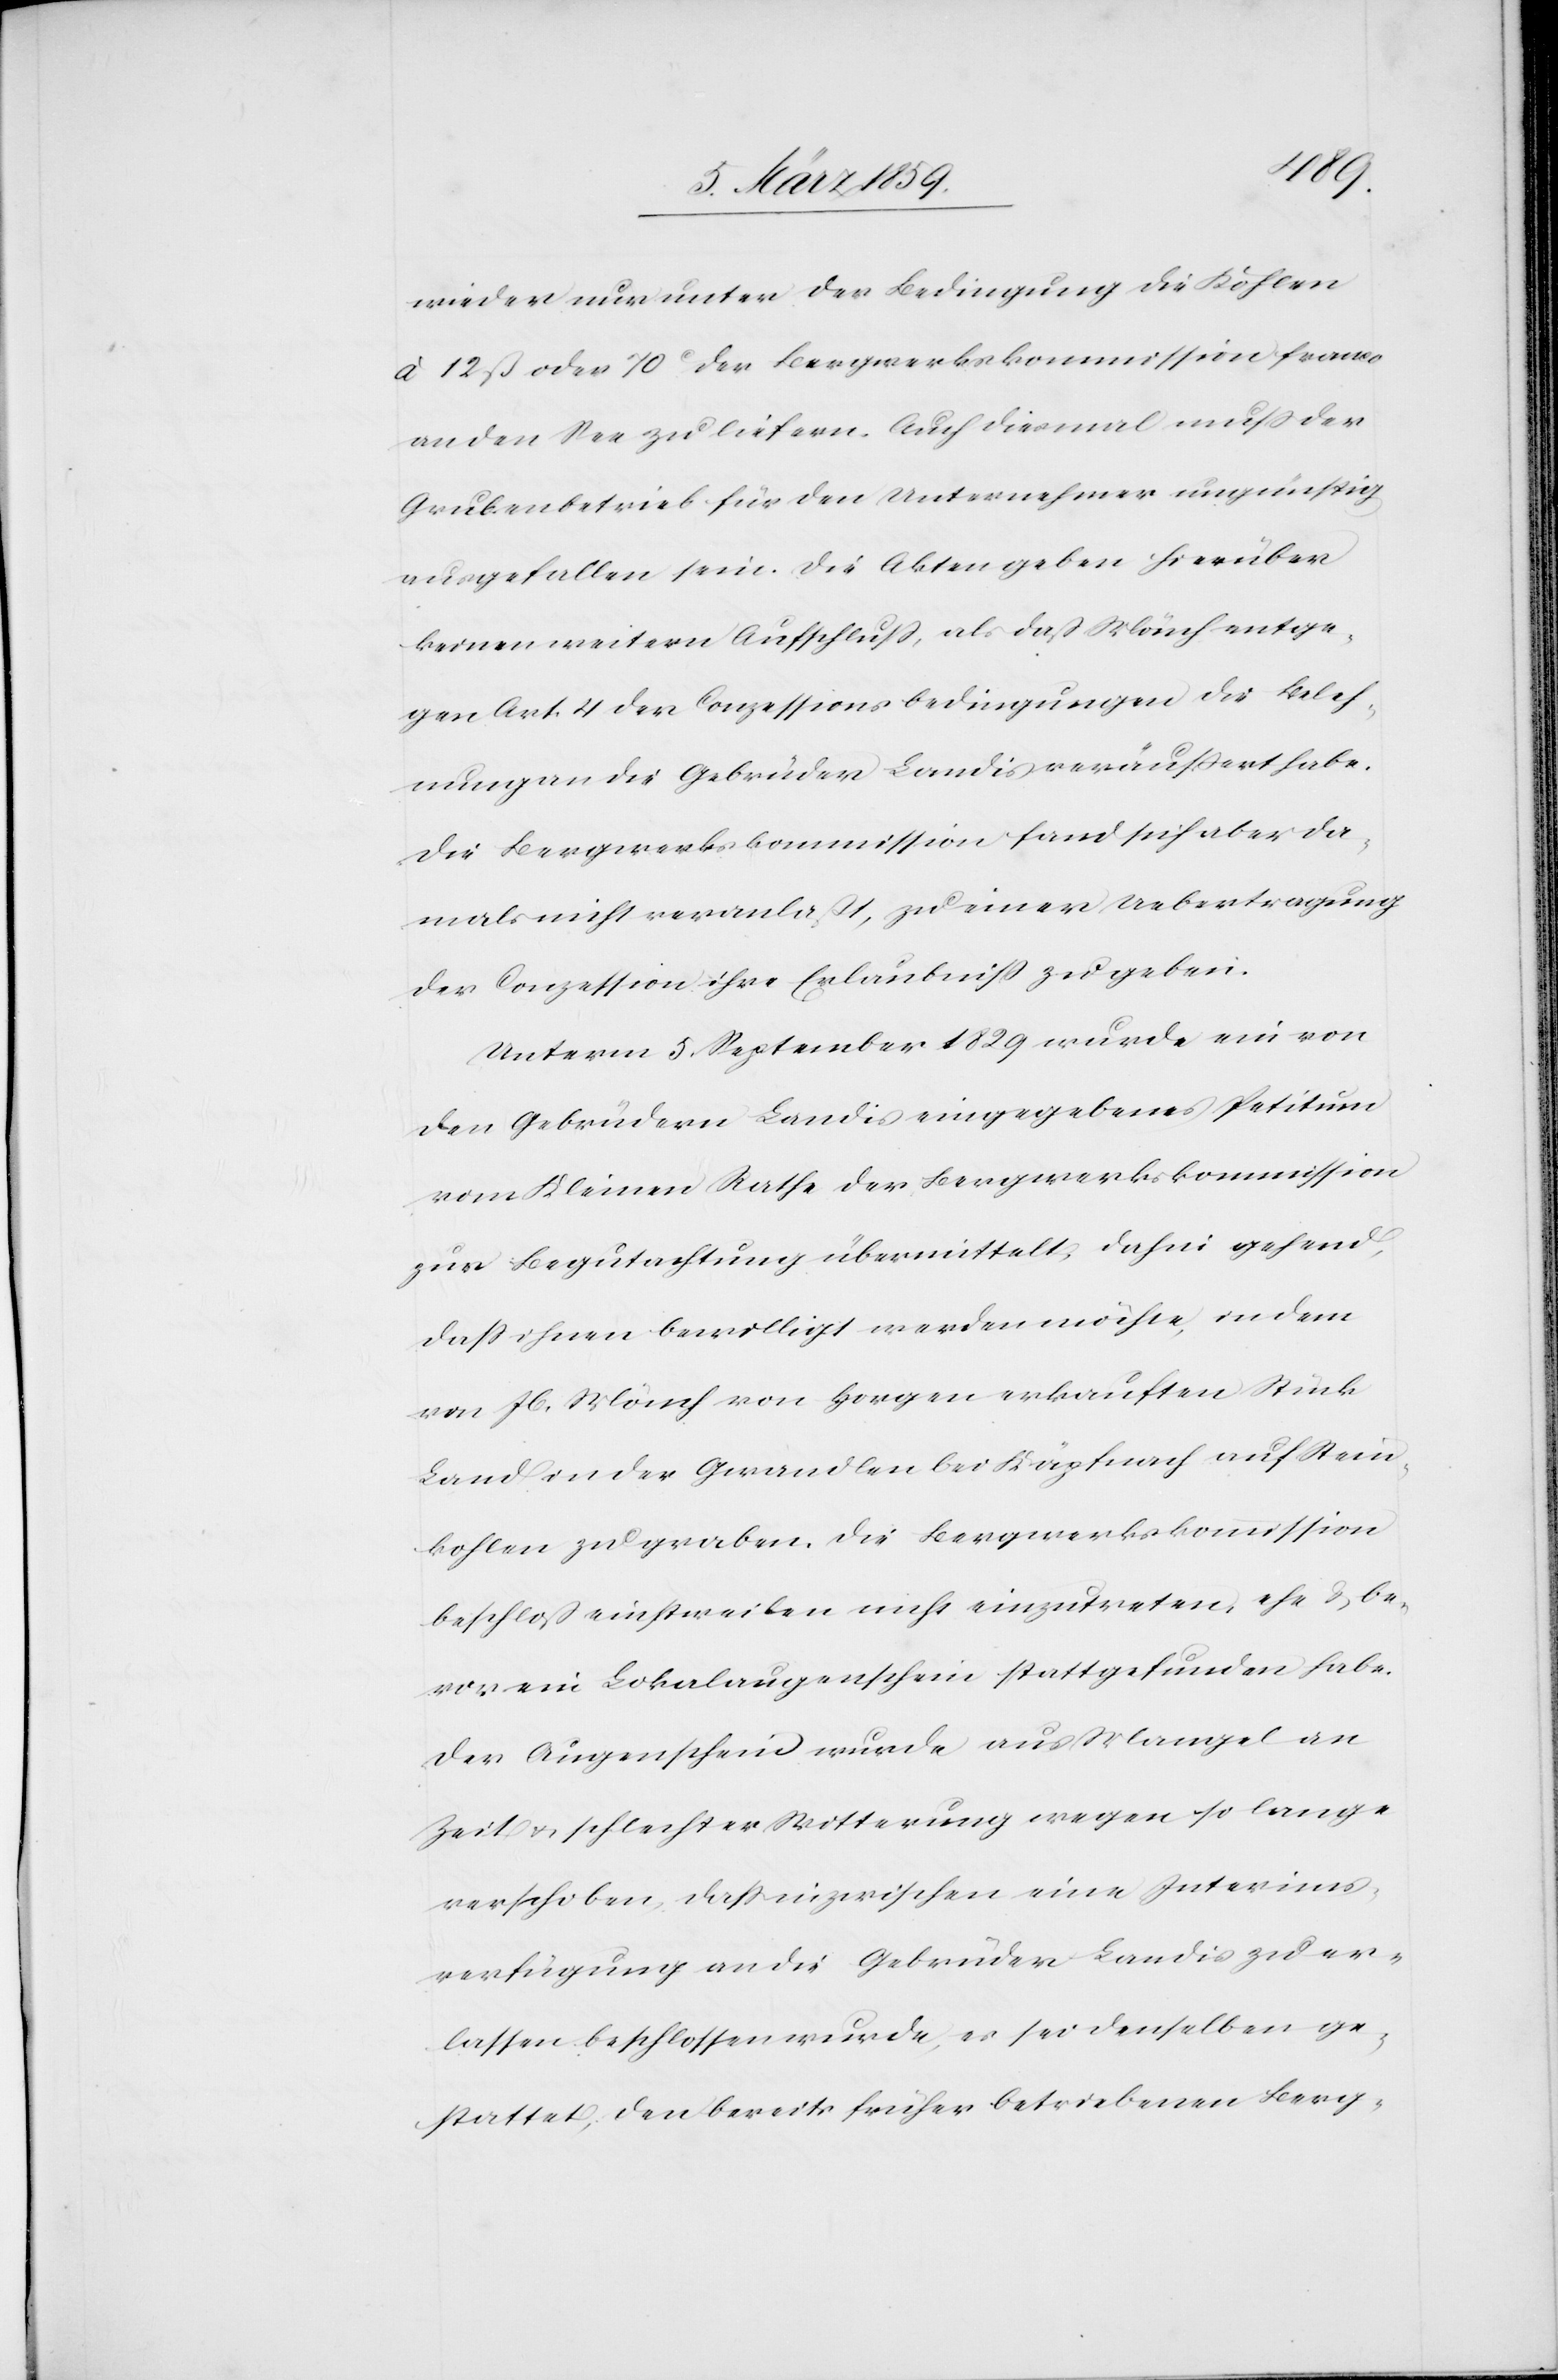
wieder nur unter der Bedingung die Kohlen
à 12 ß oder 70 c der Bergwerkskommission franco
an den See zu liefern. Auch diesmal muß der
Grubenbetrieb für den Unternehmer ungünstig
ausgefallen sein. Die Akten geben hierüber
keinen weitern Aufschluß, als daß Mönch entge¬
gen Art. 4 der Conzessionsbedingungen die Beleh¬
nung an die Gebrüder Landis veräußert habe.
Die Bergwerkskommission fand sich aber da¬
mals nicht veranlaßt, zu einer Uebertragung
der Conzession ihre Erlaubniß zu geben.
Unterm 5. September 1829 wurde ein von
den Gebrüdern Landis eingegebenes Petitum
vom Kleinen Rathe der Bergwerkskommission
zur Begutachtung übermittelt, dahin gehend,
daß ihnen bewilligt werden möchte, in dem
von Jb. Mönch von Horgen erkauften Stück
Land in der Gwandlen bei Käpfnach auf Stein¬
kohlen zu graben. Die Bergwerkskommission
beschloß einstweilen nicht einzutreten, ehe & be¬
vor ein Lokalaugenschein stattgefunden habe.
Der Augenschein wurde aus Mangel an
Zeit u. schlechter Witterung wegen so lange
verschoben, daß inzwischen eine Interims¬
verfügung an die Gebrüder Landis zu er¬
lassen beschlossen wurde, es sei denselben ge¬
stattet, den bereits früher betriebenen Berg-